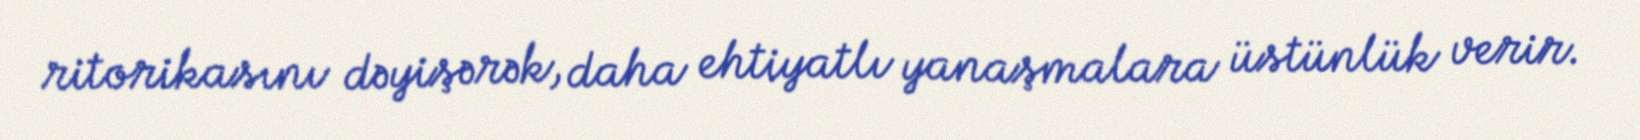
ritorikasını dəyişərək, daha ehtiyatlı yanaşmalara üstünlük verir.